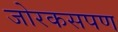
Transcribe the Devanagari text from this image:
जोरकसपण